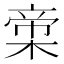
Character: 𬃨